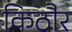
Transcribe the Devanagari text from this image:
किठौर